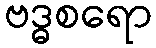
ဗဒ္ဓစရော